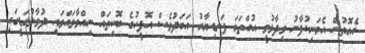
އެގޮތުން އެމަނިކުފާނު ވިދާޅުވީ އުއްތަމަ ފަނޑިޔާރު އަބަދުވެސް އޮފީހުގެ ބޮކިތައް ނިއްވާލައްވައި ދުވާލުގަޑީގައި